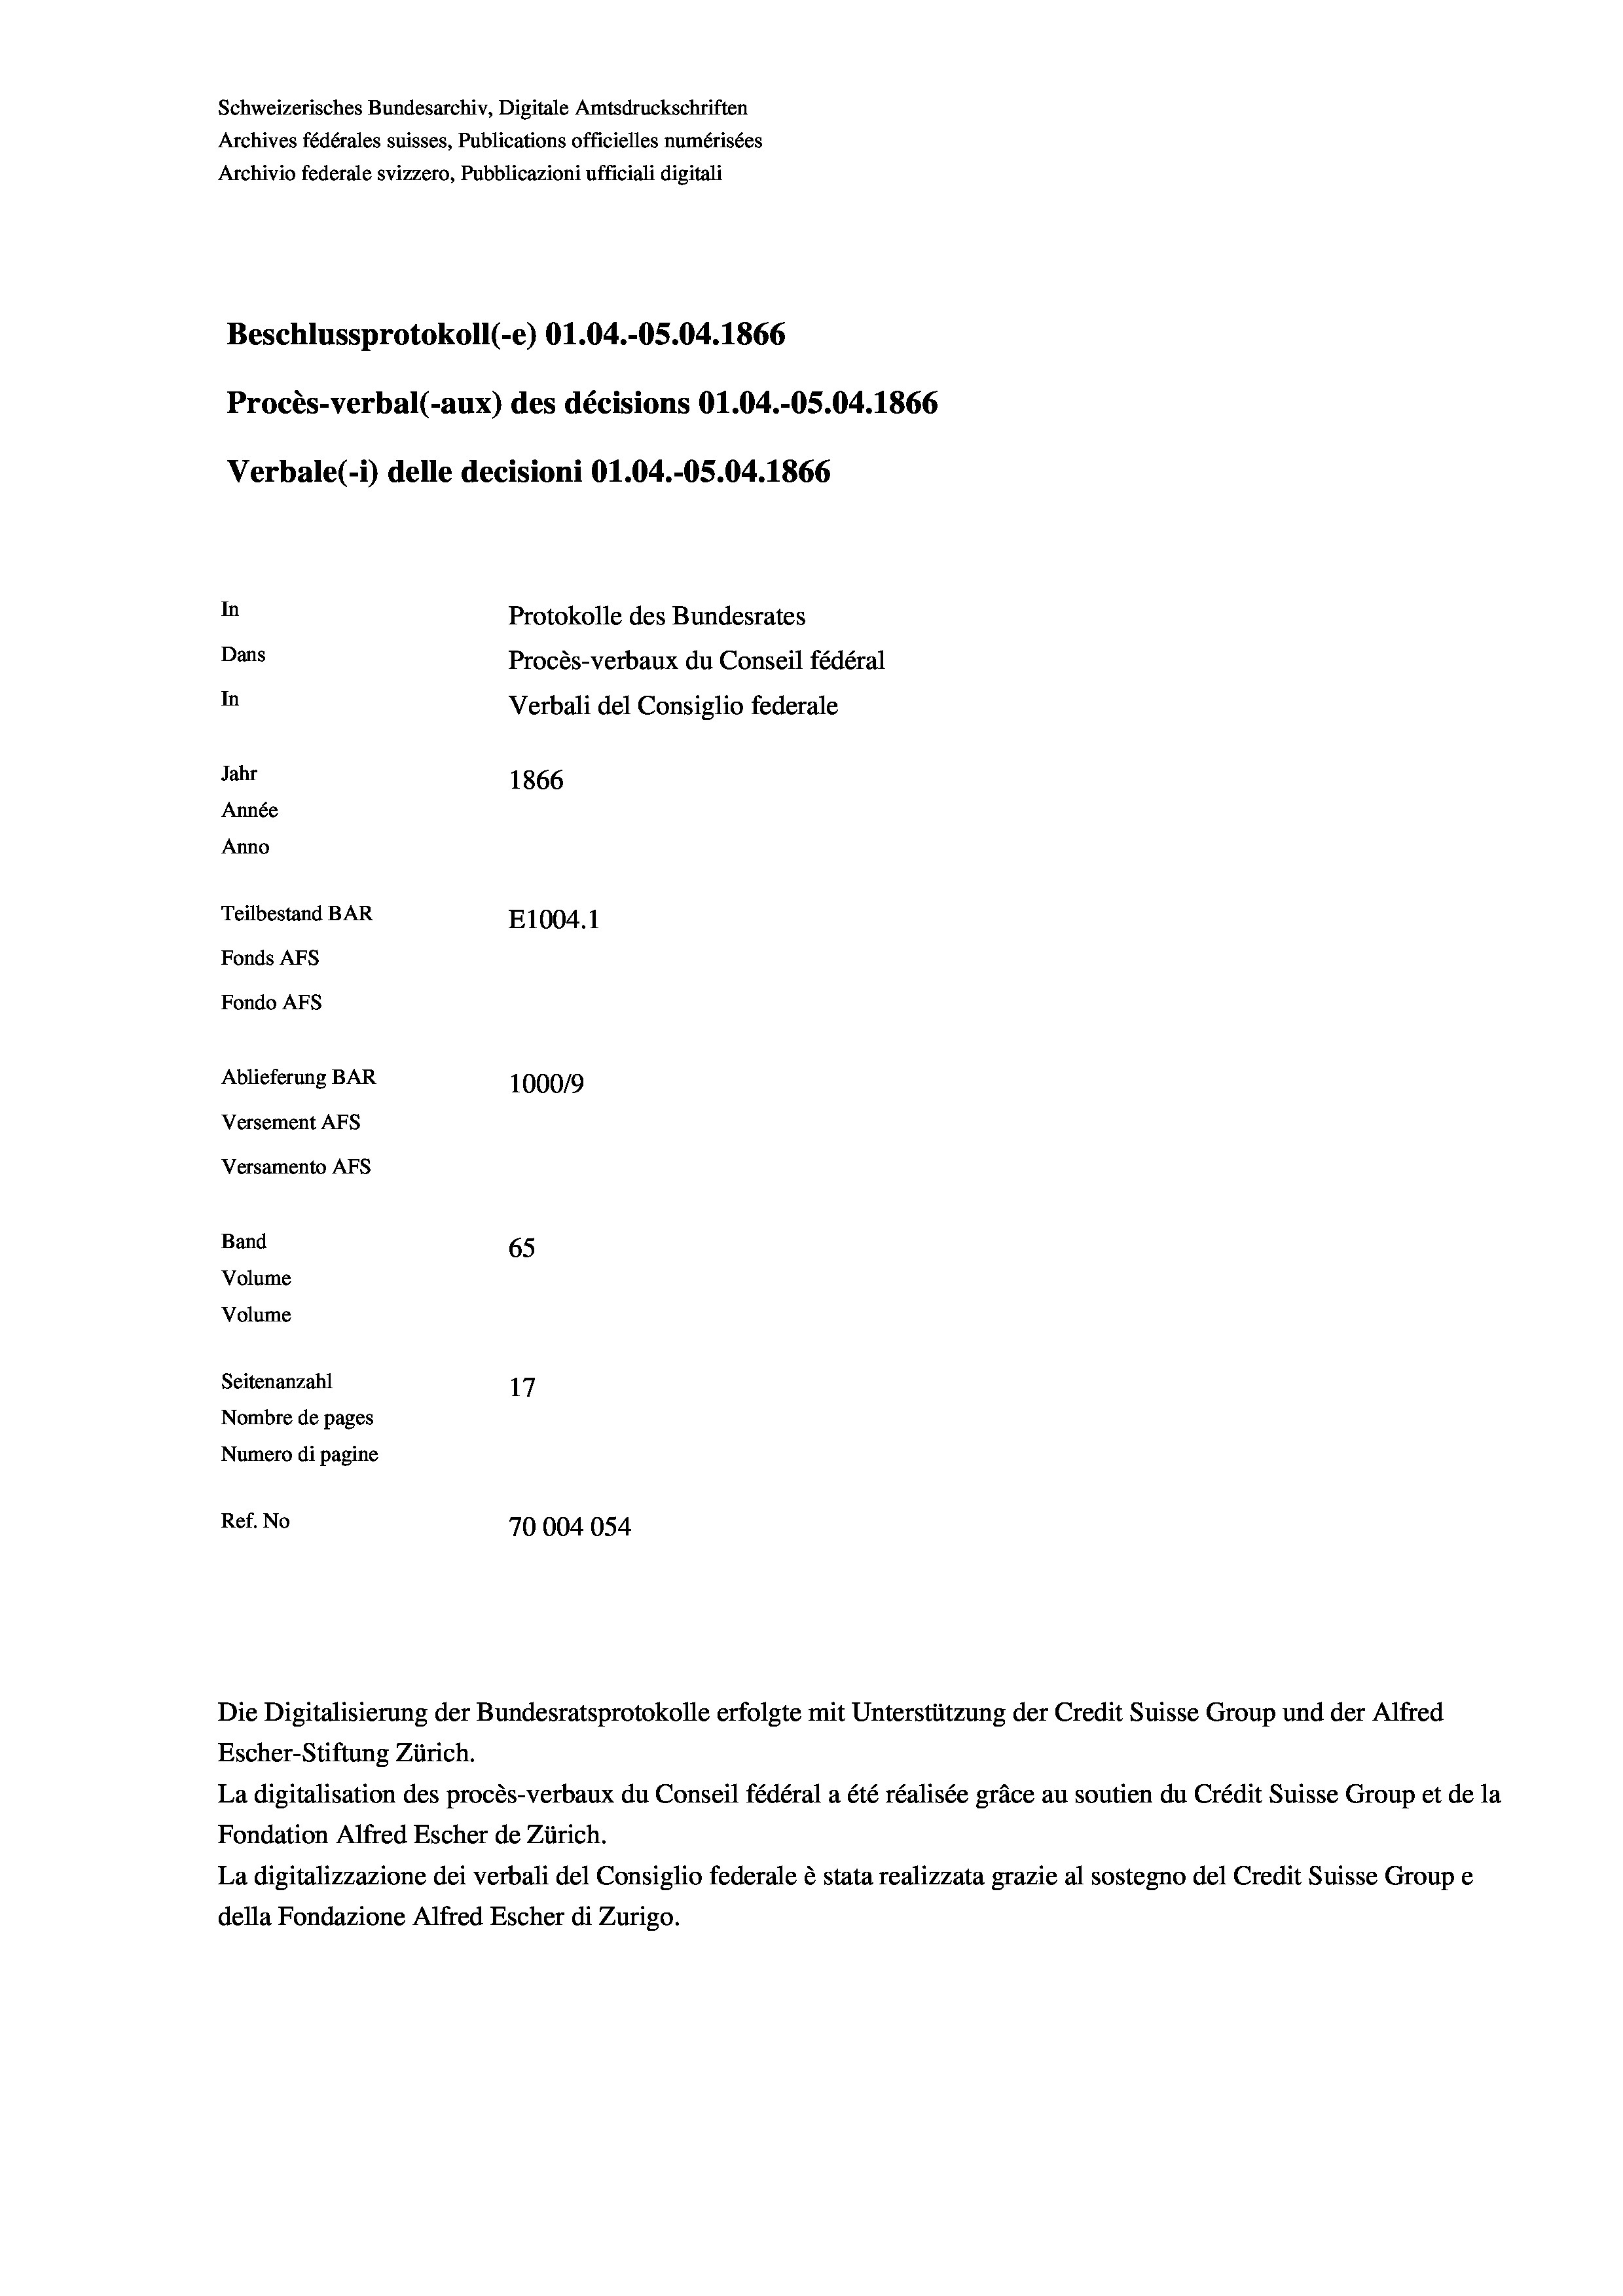
Schweizerisches Bundesarchiv, Digitale Amtsdruckschriften
Archives fédérales suisses, Publications officielles numérisées
Archivio federale svizzero, Pubblicazioni ufficiali digitali
Beschlussprotokoll (-e) O1.04.-OS.04. 1866
Procès-verbal (-aux) des décisions O1.04.-OS.04. 1866
Verbale (i) delle decisioni O1.04.-O5.04. 1866
In
Protokolle des Bundesrates
Dans
Procès-verbaux du Conseil fédéral
In
Verbali del Consiglio federale
Jahr
1866
Année
Anno
Teilbestand BAR
E1004.1
Fonds AFs
Fondo AFS
Ablieferung BAR
100019
Versement AFs
Versamento AFs
Band
65
Volume
Volume

Seitenanzahl
17
Nombre de pages
Numero di pagine
Ref. No
70004054

Escher-Stiftung Zürich.
La digitalisation des procès-verbaux du Conseil fédéral a été réalisée gräce au soutien du Crédit Suisse Group et de la
Fondation Alfred Escher de Zürich.
La digitalizzazione dei verbali del Consiglio federale è stata realizzata grazie al sostegno del Credit Suisse Groupe
della Fondazione Alfred Escher di Zurigo.

Die Digitalisierung der Bundesratsprotokolle erfolgte mit Unterstützung der Credit Suisse Group und der Alfred